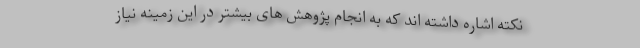
نکته اشاره داشته اند که به انجام پژوهش های بیشتر در این زمینه نیاز